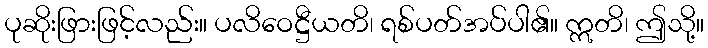
ပုဆိုးဖြားဖြင့်လည်း။ ပလိဝေဋ္ဌီယတိ၊ ရစ်ပတ်အပ်ပါ၏။ ဣတိ၊ ဤသို့။